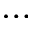
\ldots